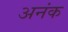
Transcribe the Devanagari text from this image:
अनंक